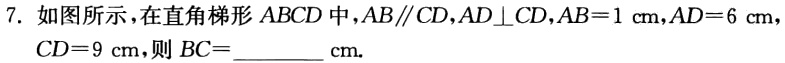
7. 如图所示，在直角梯形 \(ABCD\) 中，\(AB\parallel CD\)，\(AD\perp CD\)，\(AB = 1\mathrm{cm}\)，\(AD = 6\mathrm{cm}\)，\(CD = 9\mathrm{cm}\)，则 \(BC=\)________ \(\mathrm{cm}\).